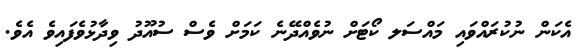
އެކަން ނުކުރައްވައި މައްސަލ ކޯޓަށް ނުވެއްދޭނެ ކަމަށް ވެސް ސުއޫދު ވިދާޅުވެފައިވެ އެވެ.